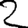
Digit: 2